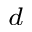
^ d